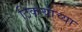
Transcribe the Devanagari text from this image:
ठिकऱ्यांच्या